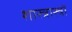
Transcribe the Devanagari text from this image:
शास्त्रास्त्रों